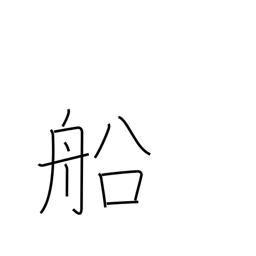
Meaning: ship